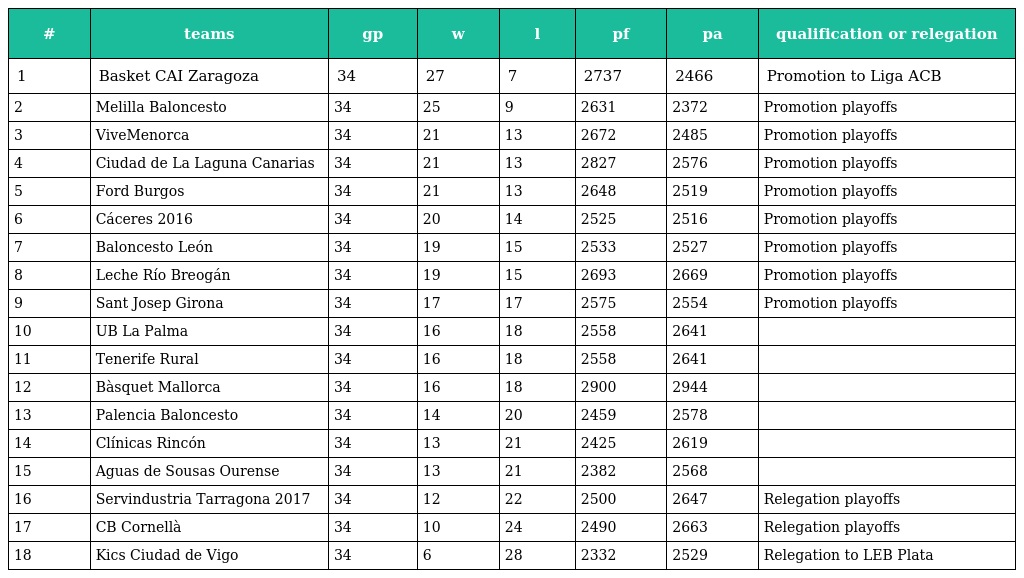
| # | teams | gp | w | l | pf | pa | qualification or relegation |
 | --- | --- | --- | --- | --- | --- | --- | --- |
 | 1 | Basket CAI Zaragoza | 34 | 27 | 7 | 2737 | 2466 | Promotion to Liga ACB |
 | 2 | Melilla Baloncesto | 34 | 25 | 9 | 2631 | 2372 | Promotion playoffs |
 | 3 | ViveMenorca | 34 | 21 | 13 | 2672 | 2485 | Promotion playoffs |
 | 4 | Ciudad de La Laguna Canarias | 34 | 21 | 13 | 2827 | 2576 | Promotion playoffs |
 | 5 | Ford Burgos | 34 | 21 | 13 | 2648 | 2519 | Promotion playoffs |
 | 6 | Cáceres 2016 | 34 | 20 | 14 | 2525 | 2516 | Promotion playoffs |
 | 7 | Baloncesto León | 34 | 19 | 15 | 2533 | 2527 | Promotion playoffs |
 | 8 | Leche Río Breogán | 34 | 19 | 15 | 2693 | 2669 | Promotion playoffs |
 | 9 | Sant Josep Girona | 34 | 17 | 17 | 2575 | 2554 | Promotion playoffs |
 | 10 | UB La Palma | 34 | 16 | 18 | 2558 | 2641 |  |
 | 11 | Tenerife Rural | 34 | 16 | 18 | 2558 | 2641 |  |
 | 12 | Bàsquet Mallorca | 34 | 16 | 18 | 2900 | 2944 |  |
 | 13 | Palencia Baloncesto | 34 | 14 | 20 | 2459 | 2578 |  |
 | 14 | Clínicas Rincón | 34 | 13 | 21 | 2425 | 2619 |  |
 | 15 | Aguas de Sousas Ourense | 34 | 13 | 21 | 2382 | 2568 |  |
 | 16 | Servindustria Tarragona 2017 | 34 | 12 | 22 | 2500 | 2647 | Relegation playoffs |
 | 17 | CB Cornellà | 34 | 10 | 24 | 2490 | 2663 | Relegation playoffs |
 | 18 | Kics Ciudad de Vigo | 34 | 6 | 28 | 2332 | 2529 | Relegation to LEB Plata |